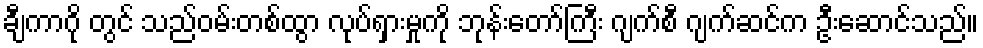
ချီကာဂို တွင် သည်ဝမ်းတစ်ထွာ လုပ်ရှားမှုကို ဘုန်းတော်ကြီး ဂျက်စီ ဂျက်ဆင်က ဦးဆောင်သည်။